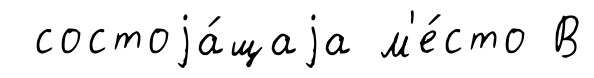
состоjа́щаjа м'е́сто В